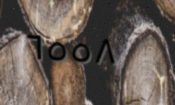
٦٥٥٨